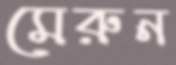
মেরুন